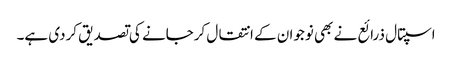
اسپتال ذرائع نے بھی نوجوان کے انتقال کرجانے کی تصدیق کردی ہے۔